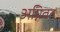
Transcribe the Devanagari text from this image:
अग्निवत्